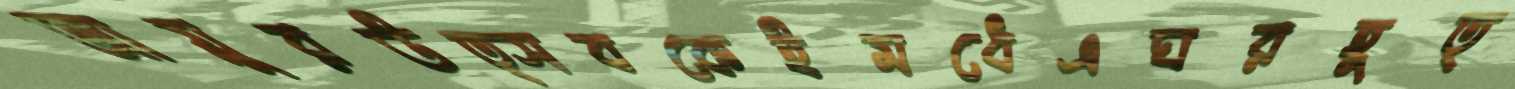
আয়ুরউত্সবকেইমধেএঘরহূত্